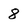
Character: 8